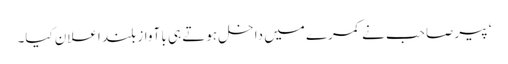
‘ پیر صاحب نے کمرے میں داخل ہوتے ہی با آوازِ بلند اعلان کیا۔